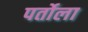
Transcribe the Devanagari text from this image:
पर्तोला